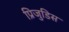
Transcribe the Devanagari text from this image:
प्रिजुडिस